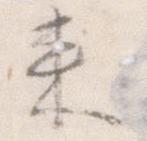
来